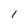
Character: l